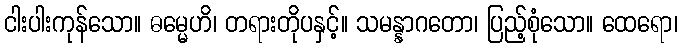
ငါးပါးကုန်သော။ ဓမ္မေဟိ၊ တရားတိုပနှင့်။ သမန္နာဂတော၊ ပြည့်စုံသော။ ထေရော၊